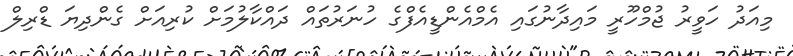
މިއަދު ހަވީރު ޖުމްހޫރީ މައިދާނުގައި އެމްއެންޑީއެފްގެ ހުނަރުތައް ދައްކާލުމަށް ކުރިއަށް ގެންދިޔަ ޑްރިލް